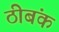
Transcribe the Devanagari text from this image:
ठीबंक